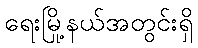
ရေးမြို့နယ်အတွင်းရှိ